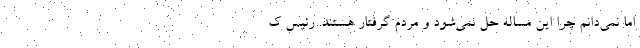
اما نمی‌دانم چرا این مساله حل نمی‌شود و مردم گرفتار هستند. رئیس ک